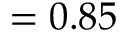
= 0 . 8 5